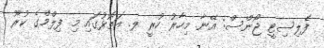
ފެލިސިޓީ ޖޯންސް: އޭނާ މިހާރު ހުރީ ލ. އަތޮޅުގައި މި ފިލްމްގެ ކުރޫ